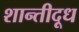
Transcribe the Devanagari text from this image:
शान्तीदूध